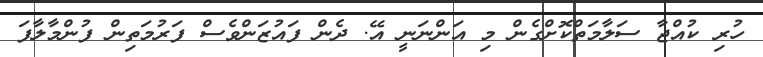
ހުރި ކުއްޖާ ސަލާމަތްކޮށްގެން މި އަންނަނީ އޭ. ދެން ފައުޒަންވެސް ފަރުމަތިން ފުންމާލާފަ